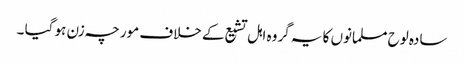
سادہ لوح مسلمانوں کا یہ گروہ اہل تشیع کے خلاف مورچہ زن ہو گیا ۔